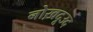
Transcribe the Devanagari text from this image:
नोख़दूउद